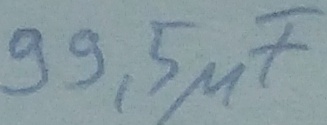
Text: 99,5µF